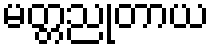
မတ္တညုတာယ